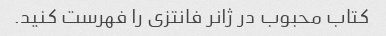
کتاب محبوب در ژانر فانتزی را فهرست کنید.